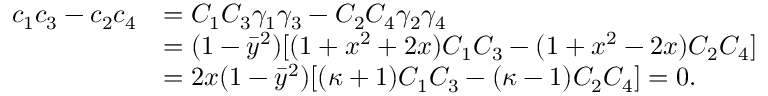
\begin{array} { r l } { c _ { 1 } c _ { 3 } - c _ { 2 } c _ { 4 } } & { = C _ { 1 } C _ { 3 } \gamma _ { 1 } \gamma _ { 3 } - C _ { 2 } C _ { 4 } \gamma _ { 2 } \gamma _ { 4 } } \\ & { = ( 1 - \bar { y } ^ { 2 } ) [ ( 1 + x ^ { 2 } + 2 x ) C _ { 1 } C _ { 3 } - ( 1 + x ^ { 2 } - 2 x ) C _ { 2 } C _ { 4 } ] } \\ & { = 2 x ( 1 - \bar { y } ^ { 2 } ) [ ( \kappa + 1 ) C _ { 1 } C _ { 3 } - ( \kappa - 1 ) C _ { 2 } C _ { 4 } ] = 0 . } \end{array}